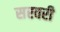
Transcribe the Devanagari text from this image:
सरवरी